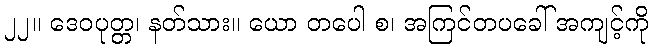
၂၂။ ဒေဝပုတ္တ၊ နတ်သား။ ယော တပေါ စ၊ အကြင်တပခေါ် အကျင့်ကို